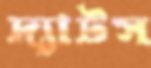
দ্যাটস